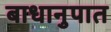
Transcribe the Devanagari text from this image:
बाधानुपात